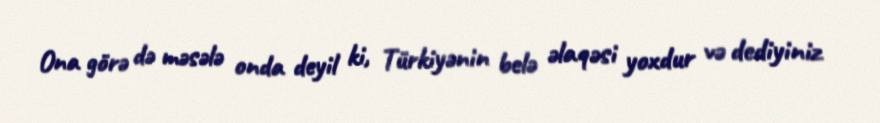
Ona görə də məsələ onda deyil ki, Türkiyənin belə əlaqəsi yoxdur və dediyiniz